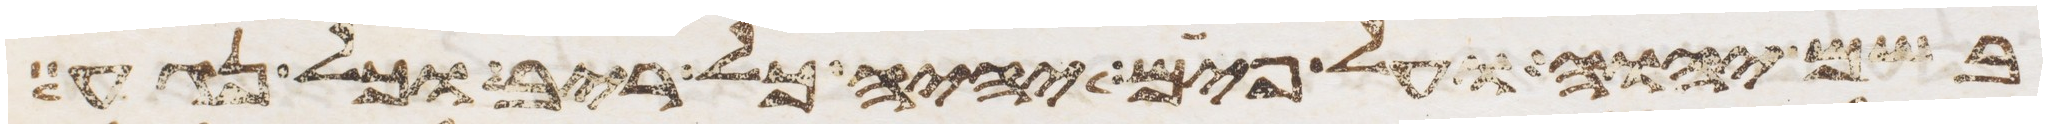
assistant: בשם יהוה ועל פים יהיה כל ריב וכל נגע